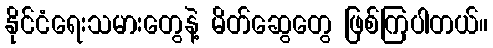
နိုင်ငံရေးသမားတွေနဲ့ မိတ်ဆွေတွေ ဖြစ်ကြပါတယ်။